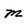
Character: m